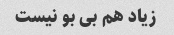
زیاد هم بی بو نیست